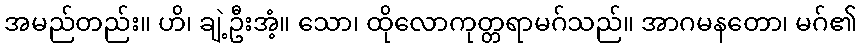
အမည်တည်း။ ဟိ၊ ချဲ့ဦးအံ့။ သော၊ ထိုလောကုတ္တရာမဂ်သည်။ အာဂမနတော၊ မဂ်၏